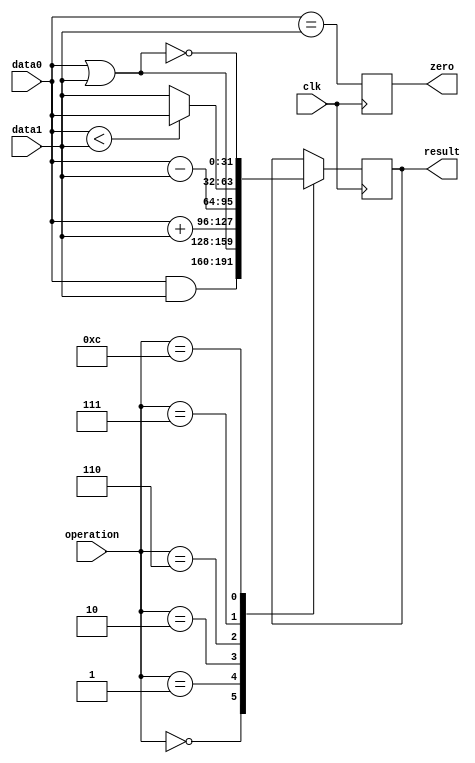
`timescale 1ns / 1ps
//////////////////////////////////////////////////////////////////////////////////
// Company: 
// Engineer: 
// 
// Design Name: 
// Module Name:    ALU 
// Project Name: 
// Target Devices: 
// Tool versions: 
// Description: 
//
// Dependencies: 
//
// Revision: 
// Revision 0.01 - File Created
// Additional Comments: 
//
//////////////////////////////////////////////////////////////////////////////////
module ALU( input clk , input [ 31 : 0 ] data0 , input [ 31 : 0 ] data1 , input [ 3 : 0 ] operation , output reg [ 31 : 0 ] result , output reg zero );
	always @ ( posedge clk )
	begin
		case ( operation )
			0: result <= data0 & data1 ;
			1: result <= data0 | data1 ;
			2: result <= data0 + data1 ;
			6: result <= data0 - data1 ;
			7: result <= data0 < data1 ? data0 : data1 ;
			12: result <= ~ ( data0 | data1 ) ;
		endcase
		zero <= data0 == data1 ;
	end
endmodule